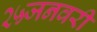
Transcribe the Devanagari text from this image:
२५जनवरी